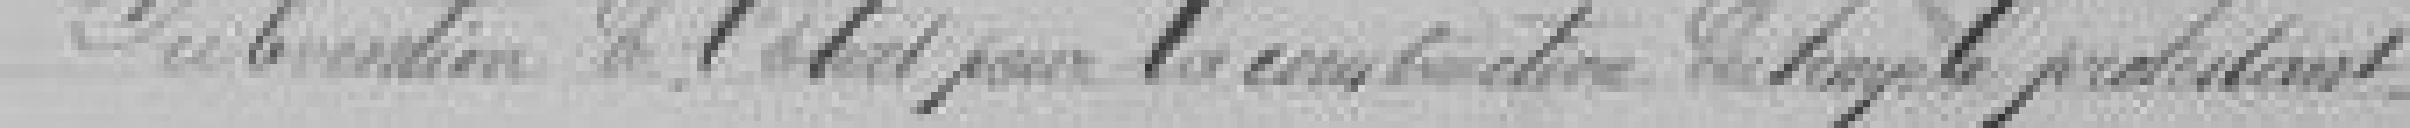
25. Subvention de l'Etat pour la construction du temple protestant